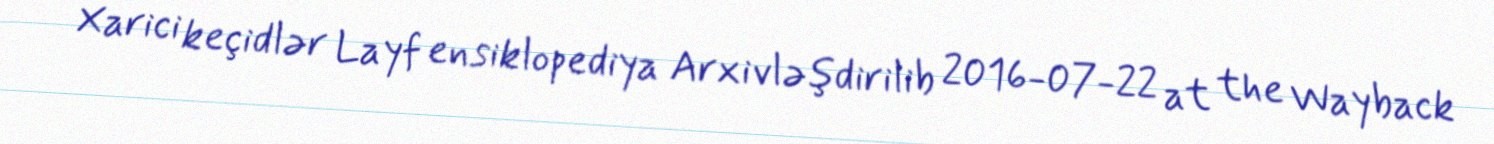
Xarici keçidlər Layf ensiklopediya Arxivləşdirilib 2016-07-22 at the Wayback